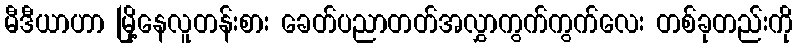
မီဒီယာဟာ မြို့နေလူတန်းစား ခေတ်ပညာတတ်အလွှာကွက်ကွက်လေး တစ်ခုတည်းကို